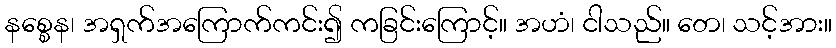
နစ္စေန၊ အရှက်အကြောက်ကင်း၍ ကခြင်းကြောင့်။ အဟံ၊ ငါသည်။ တေ၊ သင့်အား။